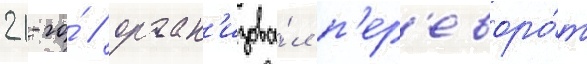
21-го́ / орган'изова́л п'ер'еворо́т